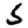
Digit: 5